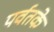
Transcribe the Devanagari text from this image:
पर्वतके